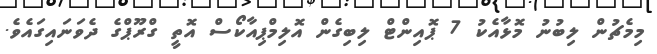
މިމެޗުން ލިބުނު މޮޅާއެކު 7 ޕޮއިންޓް ލިބިގެން އޮލިމްޕިއާކޯސް އޮތީ ގްރޫޕްގެ ދެވަނައިގައެވެ.